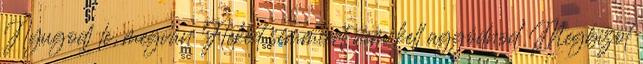
Nyugodj le, megvan Neked semmiért nem kell aggódnod Megbízol